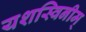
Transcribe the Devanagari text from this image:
यशस्विनीम्‌